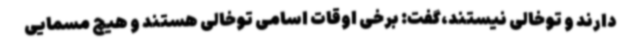
دارند و توخالی نیستند،گفت: برخی اوقات اسامی توخالی هستند و هیچ مسمایی